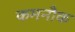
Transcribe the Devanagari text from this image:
कमनौक